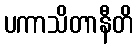
ပကာသိတာနီတိ